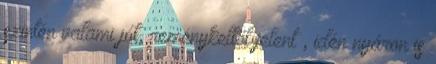
szintén valami jót, reménykeltőt jelent , idén nyáron is